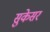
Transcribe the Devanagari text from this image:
सुकेसर